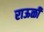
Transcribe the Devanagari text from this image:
राऊळी